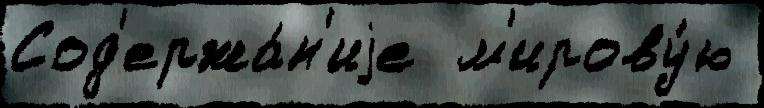
Сод'ержа́н'иjе  м'ирову́ю